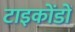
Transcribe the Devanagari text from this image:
टाइकोंडों